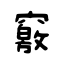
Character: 竅